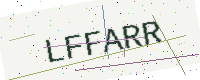
Text: LFFARR